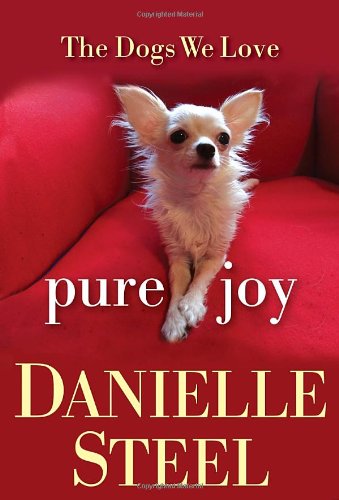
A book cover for Pure Joy: The Dogs We Love; Danielle Steel; Crafts, Hobbies & Home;